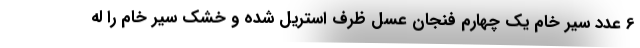
6 عدد سیر خام یک چهارم فنجان عسل ظرف استریل شده و خشک سیر خام را له